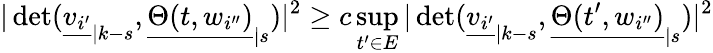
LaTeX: |\operatorname*{det}({\underline{{v_{i^{\prime}}}}}_{|k-s},{\underline{{\Theta(t,w_{i^{\prime\prime}})}}}_{|s})|^{2}\geq c\operatorname*{sup}_{t^{\prime}\in E}|\operatorname*{det}({\underline{{v_{i^{\prime}}}}}_{|k-s},{\underline{{\Theta(t^{\prime},w_{i^{\prime\prime}})}}}_{|s})|^{2}